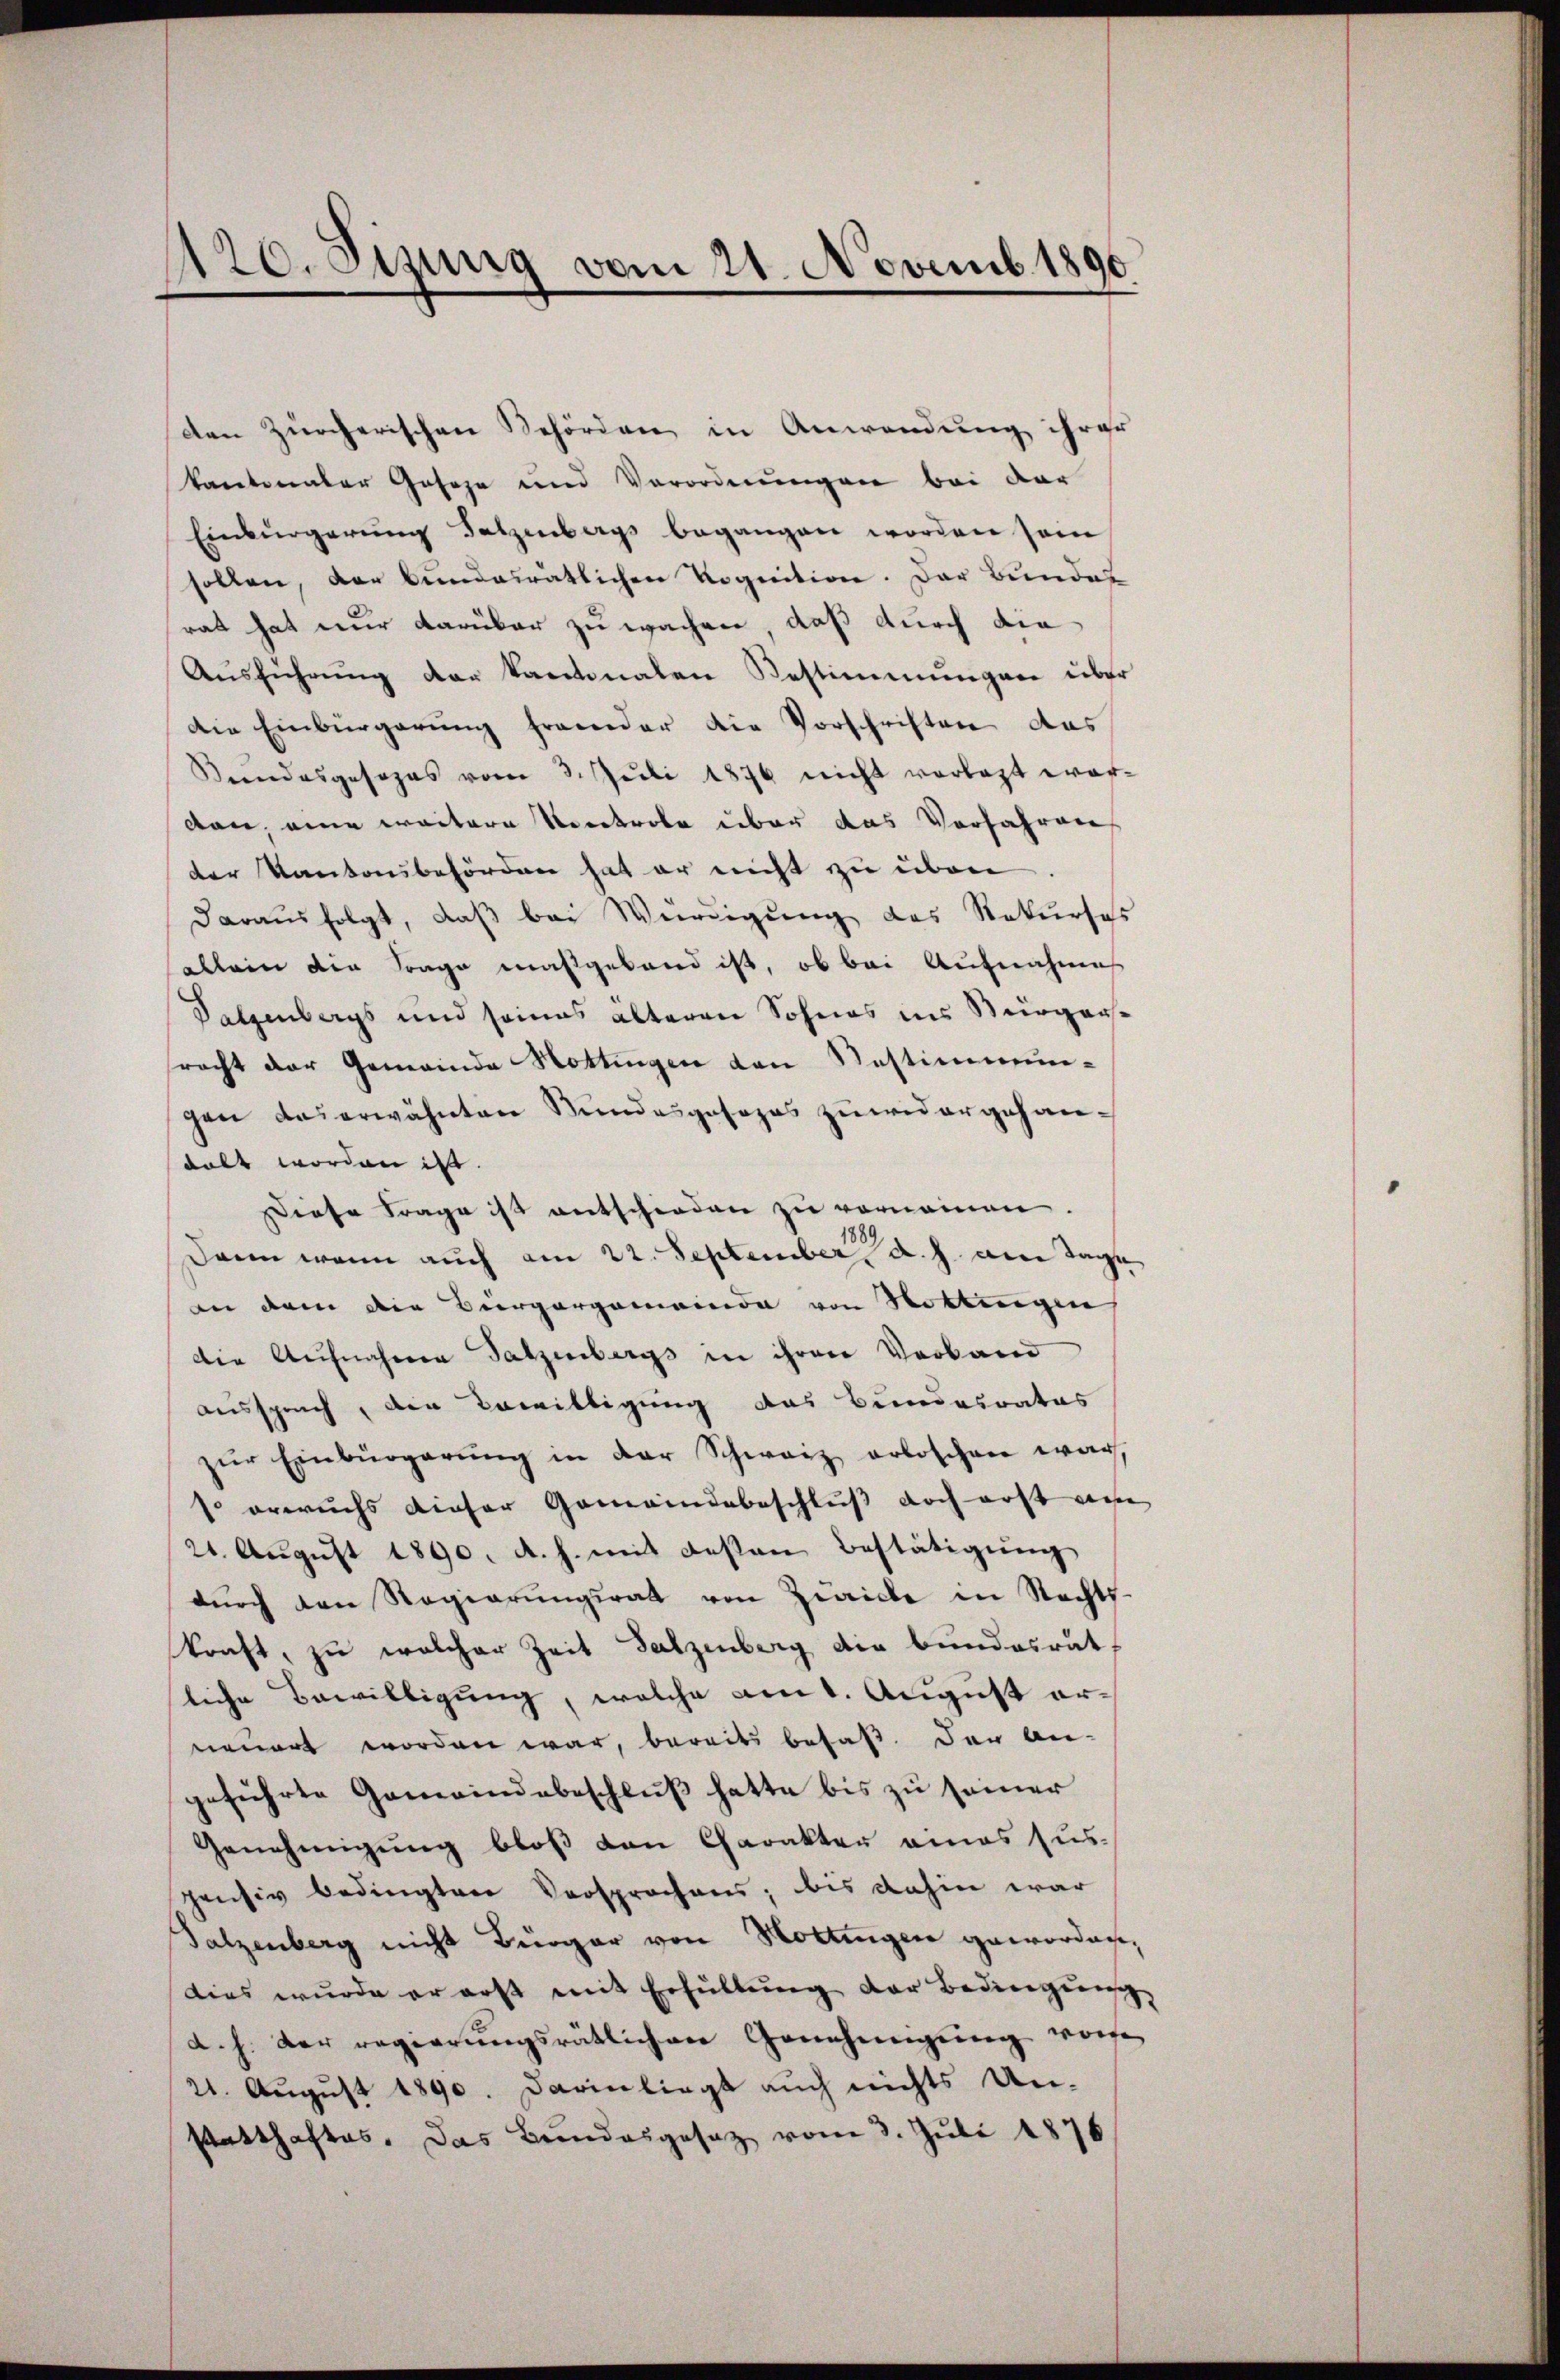
120. Stung vom 21. Novemb. 1890

den Zürcherischen Behörden in Anwendung ihrer
kantonaler Geseze und Verordnungen bei der
Einbürgerung Salzenbergs begangen worden sein
sollen, der bundesrätlichen Rognition. Der Bunden
rat hat nur darüber zu wachen, daß durch die
Aŭsführŭng der kantonalen Bestimmungen über
die Einbürgerung fremder die Vorschriften des
Kundesgesezes vom 3. Juli 1876 nicht vorlegt worvan, eine weitere Noretrole über das Vorfahren
der Kantonsbehörden hat er nicht zu über
darausfolgt, daß bei Würdigung des Rekurses
allein die Frage maßgeband ist, ob bei Aufnahme
Palzenbergs und seines älteren Sohnes ins Bürger-
racht der Gemeinde Nottingen von Nestimmun-
gen des erwähnten Bundesgesezes zuwidergehanstalt worden ist.
Diese Frage ist entschieden zu vernommen.
Dann wenn auch am 22. September d. h. die Tage
an dem die Bürgergemeinde von Rottingen
die Aufnahme Satzenbergs in ihren Verband
Aussprach, den Bewilligung das Bundesrates
zŭr Einbürgerŭng in der Schweiz erloschen war
so erwuchs dieser Gemeindebeschluß doch erst diese
21. Aŭgŭst 1890. d. h. mit desten Bestätigung
dŭrch den Regierŭngsrat von Zwicke in Rechts-
kraft, zu welcher Zeit Salzenberg die bundesrat.
liche Bewilligung, welche am 1. August erneuert worden war, bereits besaß. der An-
geführte Gemeindebeschluß hatte bis zu seiner
Genehmigung bloß den Charakter eines sus-
pensiv bedingten Versprochens; bis dahin war
Salzenberg nicht Bürger von Hottingen geworden,
Dies wurde er erst mit Erfüllŭng der Bedingŭng
a. h. der regierungsrätlichen Genehmigung worfe
21. August 1890. Darin liegt auch nichts Un-
statthaftes. Das Bundesgesetz vom 3. Juli 1876